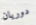
دوريان